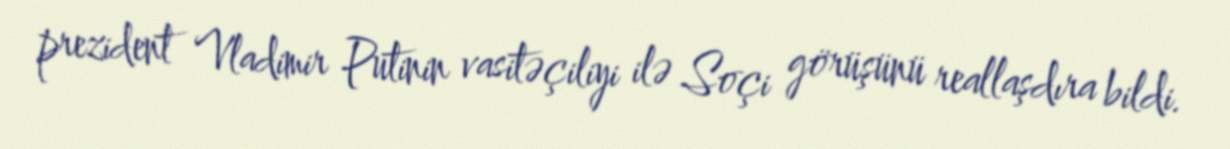
prezident Vladimir Putinin vasitəçiliyi ilə Soçi görüşünü reallaşdıra bildi.